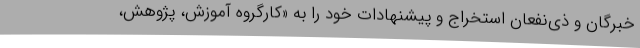
خبرگان و ذی‌نفعان استخراج و پیشنهادات خود را به «کارگروه آموزش، پژوهش،